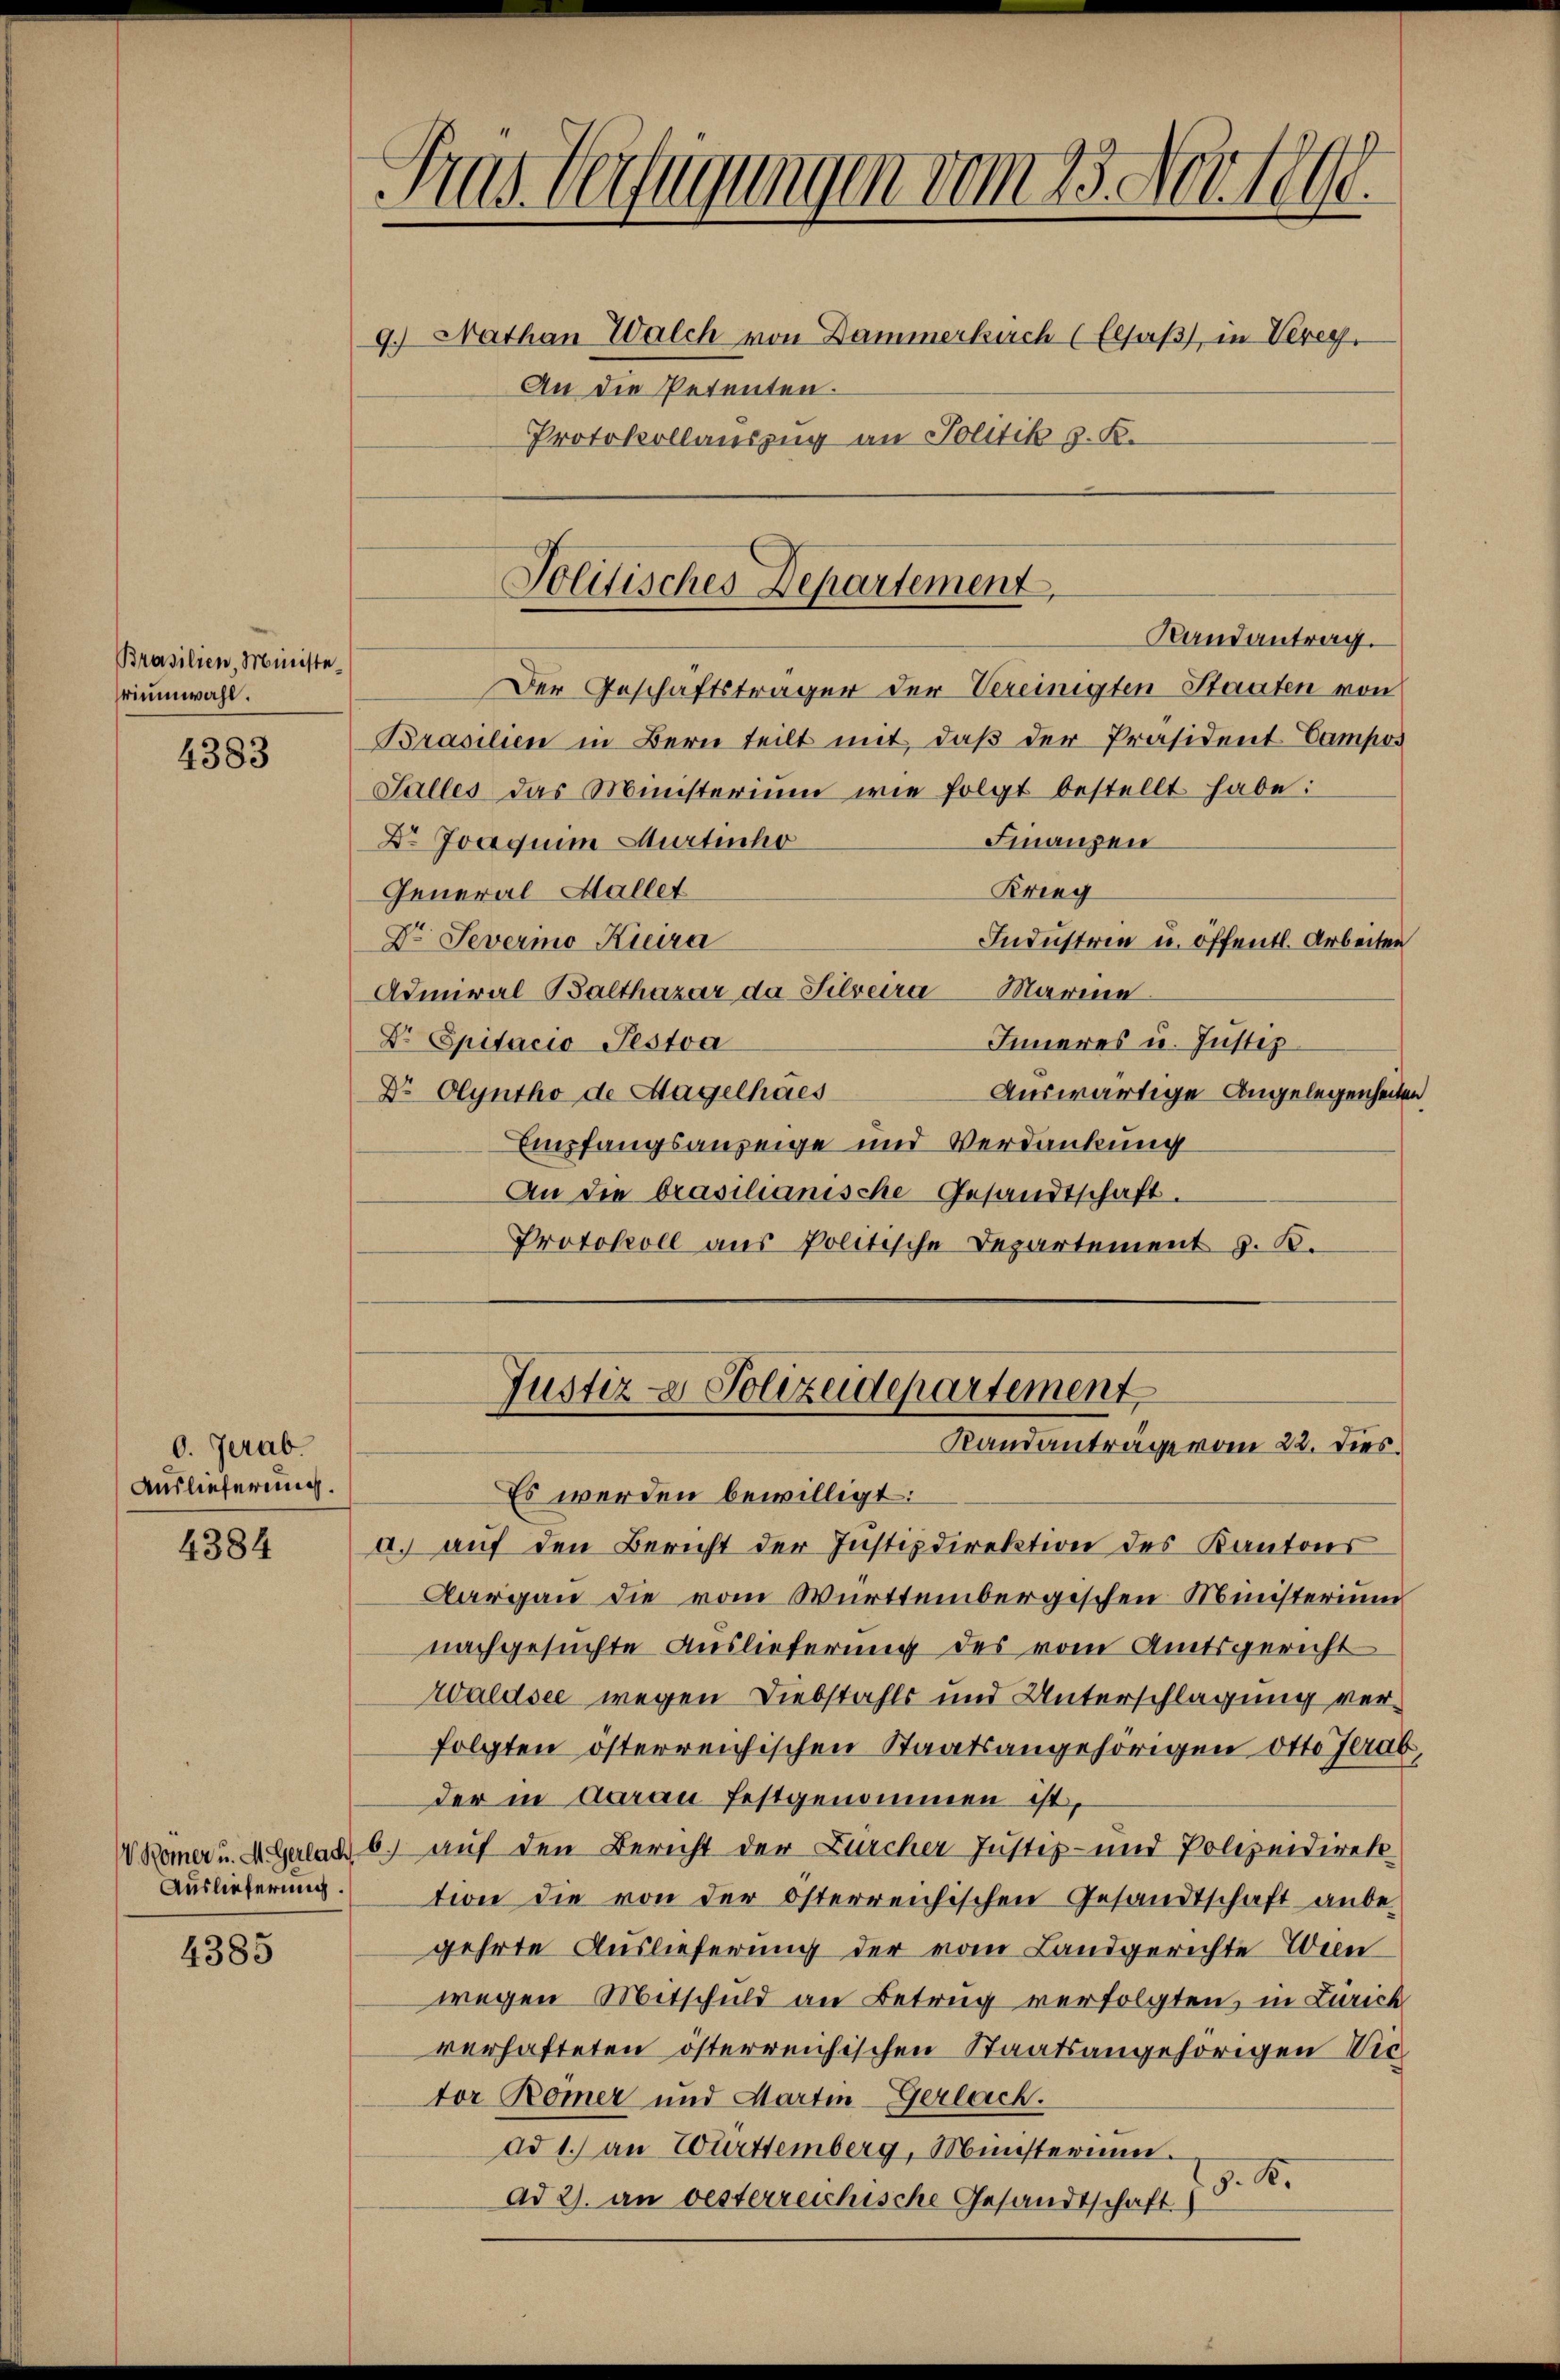
Brasilien, Ministeriumwahl.

4383

0. Herab.
Auslieferung.

4384

Auslieferung.

4385

ras Verfügungen vom 23. Nov. 1890.
9.) Nathan Walch von Dammerkuch (Elsaß, in Verey,
An die Petenten.
Protokollauszug an Politik z. K.

Politisches Departement,

Randantrag.
Der Geschäftsträger der Vereinigten Staaten von
Brasilien in Bern teilt mit, daβ der Präsident Campos
Salles das Ministerium wie folgt bestellt habe:
Finanzen
Dr. Joaquim Murtenho
Krieg
General Mallet
Dr. Severmo Kieira
Industrin u. öffentl. Arbeiten
Admiral Balthazar da Silveira Marina
Dr. Spitacio Testa
Inneres u. Justiz
Dr Olyntho de Mayelháes
Auswärtige Angelegenheiten
Empfangsanzeige und Verdankung
An die brasilianische Gesandtschaft.
Protokoll aus Politische Departement z. B.

Justiz- & Polizeidepartement
Randanträge vom 22. dies

Es werden bewilligt:
a. aŭf den Bericht der Justizdirektion des Kantons
Aargau die vom Württembergischen Ministerium
nachgesuchte Auslieferung des vom Amtsgericht
Waldsee wegen Diebstahls und Unterschlagung verfolgten österreichischen Staatsangehörigen Otto Jerab,
der in Aarau festgenommen ist,
Womer u. d. Galad b.) auf den Bericht der Burcher Justiz- und Polizeidirek-
tion die von der österreichischen Gesandtschaft anbegehrte Auslieferung der vom Landgerichte Wien
wegen Mitschuld an Betrug verfolgten, in Zürich
verhafteten österreichischen Staatsangehörigen Vie
tor Römer und Martin-Gerlach.
ad 1.) an Württemberg, Ministerium.
J. B.
Ad 2. an oesterreichische Gesandtschaft